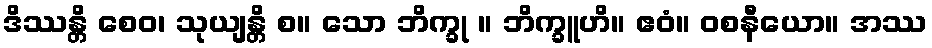
ဒိဿန္တိ စေဝ၊ သုယျန္တိ စ။ သော ဘိက္ခု ။ ဘိက္ခူဟိ။ ဧဝံ။ ဝစနီယော။ အဿ